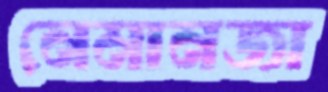
নেমানজা